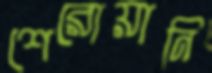
শেরোয়ানি